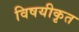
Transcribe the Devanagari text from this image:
विषयीकृत